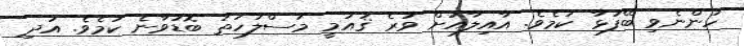
ހުންނެވި ބޭފުޅާ ކަމެވެ. އާއިލާއަށް ވުރެ ޤައުމީ މަސްލަހަތު ބޮޑުވާނެ ކަމެވެ. އަދި